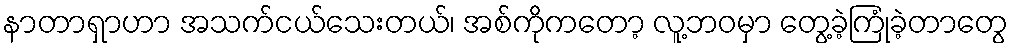
နာတာရှာဟာ အသက်ငယ်သေးတယ်၊ အစ်ကိုကတော့ လူ့ဘဝမှာ တွေ့ခဲ့ကြုံခဲ့တာတွေ